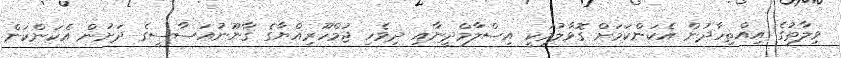
ވިލާތުގެ އިއްތިހާދުން އެކަންކަމަށް ގޮވާލުމަކީ އިސްލާމްދީނާއި ދިވެހި ޖުމްހޫރިއްޔާގެ ޤާނޫނުއަސާސީގެ ދަށުން އެކަންކަން